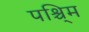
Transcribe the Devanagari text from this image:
पश्चि्म